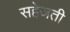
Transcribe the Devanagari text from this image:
सहेजती